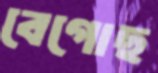
বেগোছ